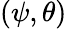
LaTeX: (\psi,\theta)